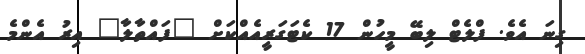
ގިނަ އެވެ. ފްލެޓް ލިބޭ މީހުން 17 ކެޓަގަރީއެއްކަށް "ފައްތާލާ" އިރު އެންމެ